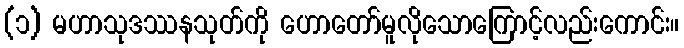
(၁) မဟာသုဒဿနသုတ်ကို ဟောတော်မူလိုသောကြောင့်လည်းကောင်း။